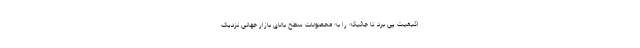
اکیفیت پی برد تا جائیکه را به محصولات سطح بالای بازار جهانی نزدیک